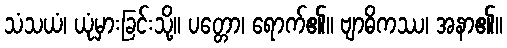
သံသယံ၊ ယုံမှားခြင်းသို့။ ပတ္တော၊ ရောက်၏။ ဗျာဓိကဿ၊ အနာ၏။